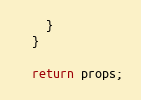
Language: JavaScript
    }
  }

  return props;